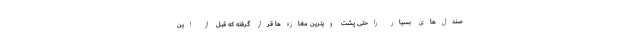
صندل‌های بسیار راحتی پشت ویترین مغازه‌ها قرار گرفته که قبل از این